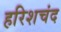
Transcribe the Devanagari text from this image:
हरिशचंद